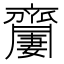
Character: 𪗍